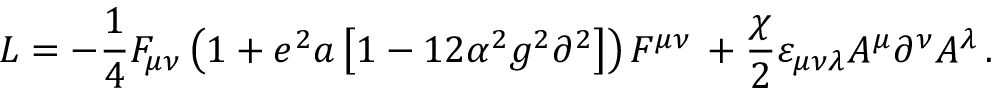
{ \cal L } = - \frac { 1 } { 4 } F _ { \mu \nu } \left( { 1 + e ^ { 2 } a \left[ { 1 - 1 2 \alpha ^ { 2 } g ^ { 2 } \partial ^ { 2 } } \right] } \right) F ^ { \mu \nu } \, + \frac { \chi } { 2 } \varepsilon _ { \mu \nu \lambda } A ^ { \mu } \partial ^ { \nu } A ^ { \lambda } \, .